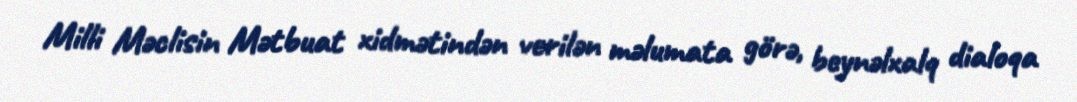
Milli Məclisin Mətbuat xidmətindən verilən məlumata görə, beynəlxalq dialoqa